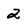
Character: 2